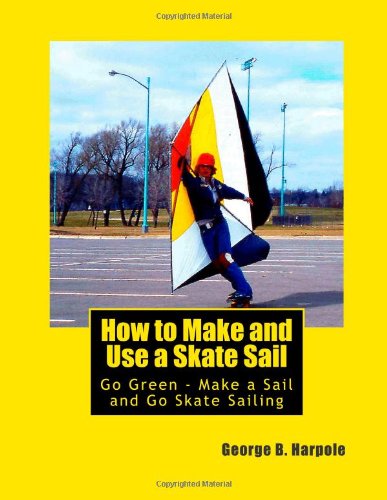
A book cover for How to Make and Use a Skate Sail: Go Green - Make a Sail and Go Skate Sailing; Mr George Brooke Harpole; Sports & Outdoors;